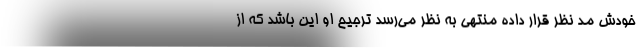
خودش مد نظر قرار داده منتهی به نظر می‌رسد ترجیح او این باشد که از